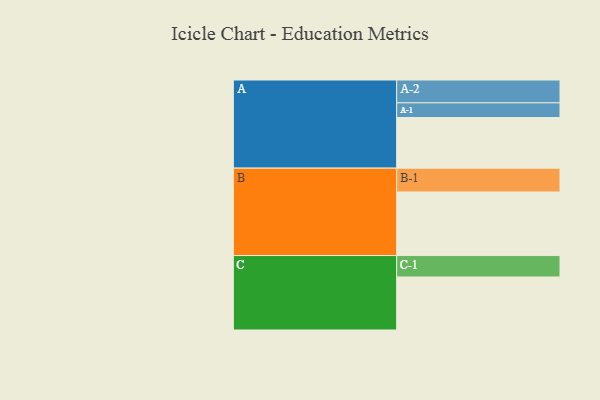
{"axis": {"x": "Segment", "y": "Value"}, "legend": ["", "A", "B", "C"], "data": [{"x": "A", "y": 399, "type": ""}, {"x": "B", "y": 501, "type": ""}, {"x": "C", "y": 418, "type": ""}, {"x": "A-1", "y": 116, "type": "A"}, {"x": "A-2", "y": 180, "type": "A"}, {"x": "B-1", "y": 188, "type": "B"}, {"x": "C-1", "y": 169, "type": "C"}]}